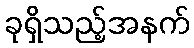
ခုရှိသည့်အနက်